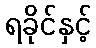
ရခိုင်နှင့်